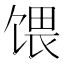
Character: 𫗭